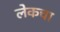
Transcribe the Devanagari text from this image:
लेकचा